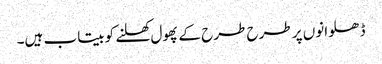
ڈھلوانوں پر طرح طرح کے پھول کھلنے کو بیتاب ہیں۔